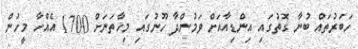
ހަބަރުތައް ބުނާ ގޮތުގައި އިންޑިއާއަށް ވަމުންދާ ހޫނުގައި މިހާތަނަށް 1700 އެއްހާ މީހުން